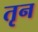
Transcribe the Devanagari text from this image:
तृन